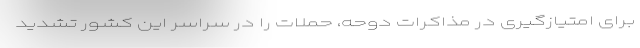
برای امتیازگیری در مذاکرات دوحه، حملات را در سراسر این کشور تشدید